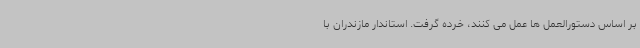
بر اساس دستورالعمل ها عمل می کنند، خرده گرفت. استاندار مازندران با